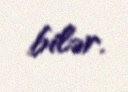
bilər.